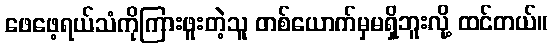
ဖေဖေ့ရယ်သံကိုကြားဖူးတဲ့သူ တစ်ယောက်မှမရှိဘူးလို့ ထင်တယ်။